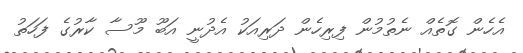
އެހެން ގޮތެއް ނެތުމުން ފިރިހެން ދަރިއަކު އެދުނީ އަބޫ މޫސާ ކާރުގެ ފަހަތު